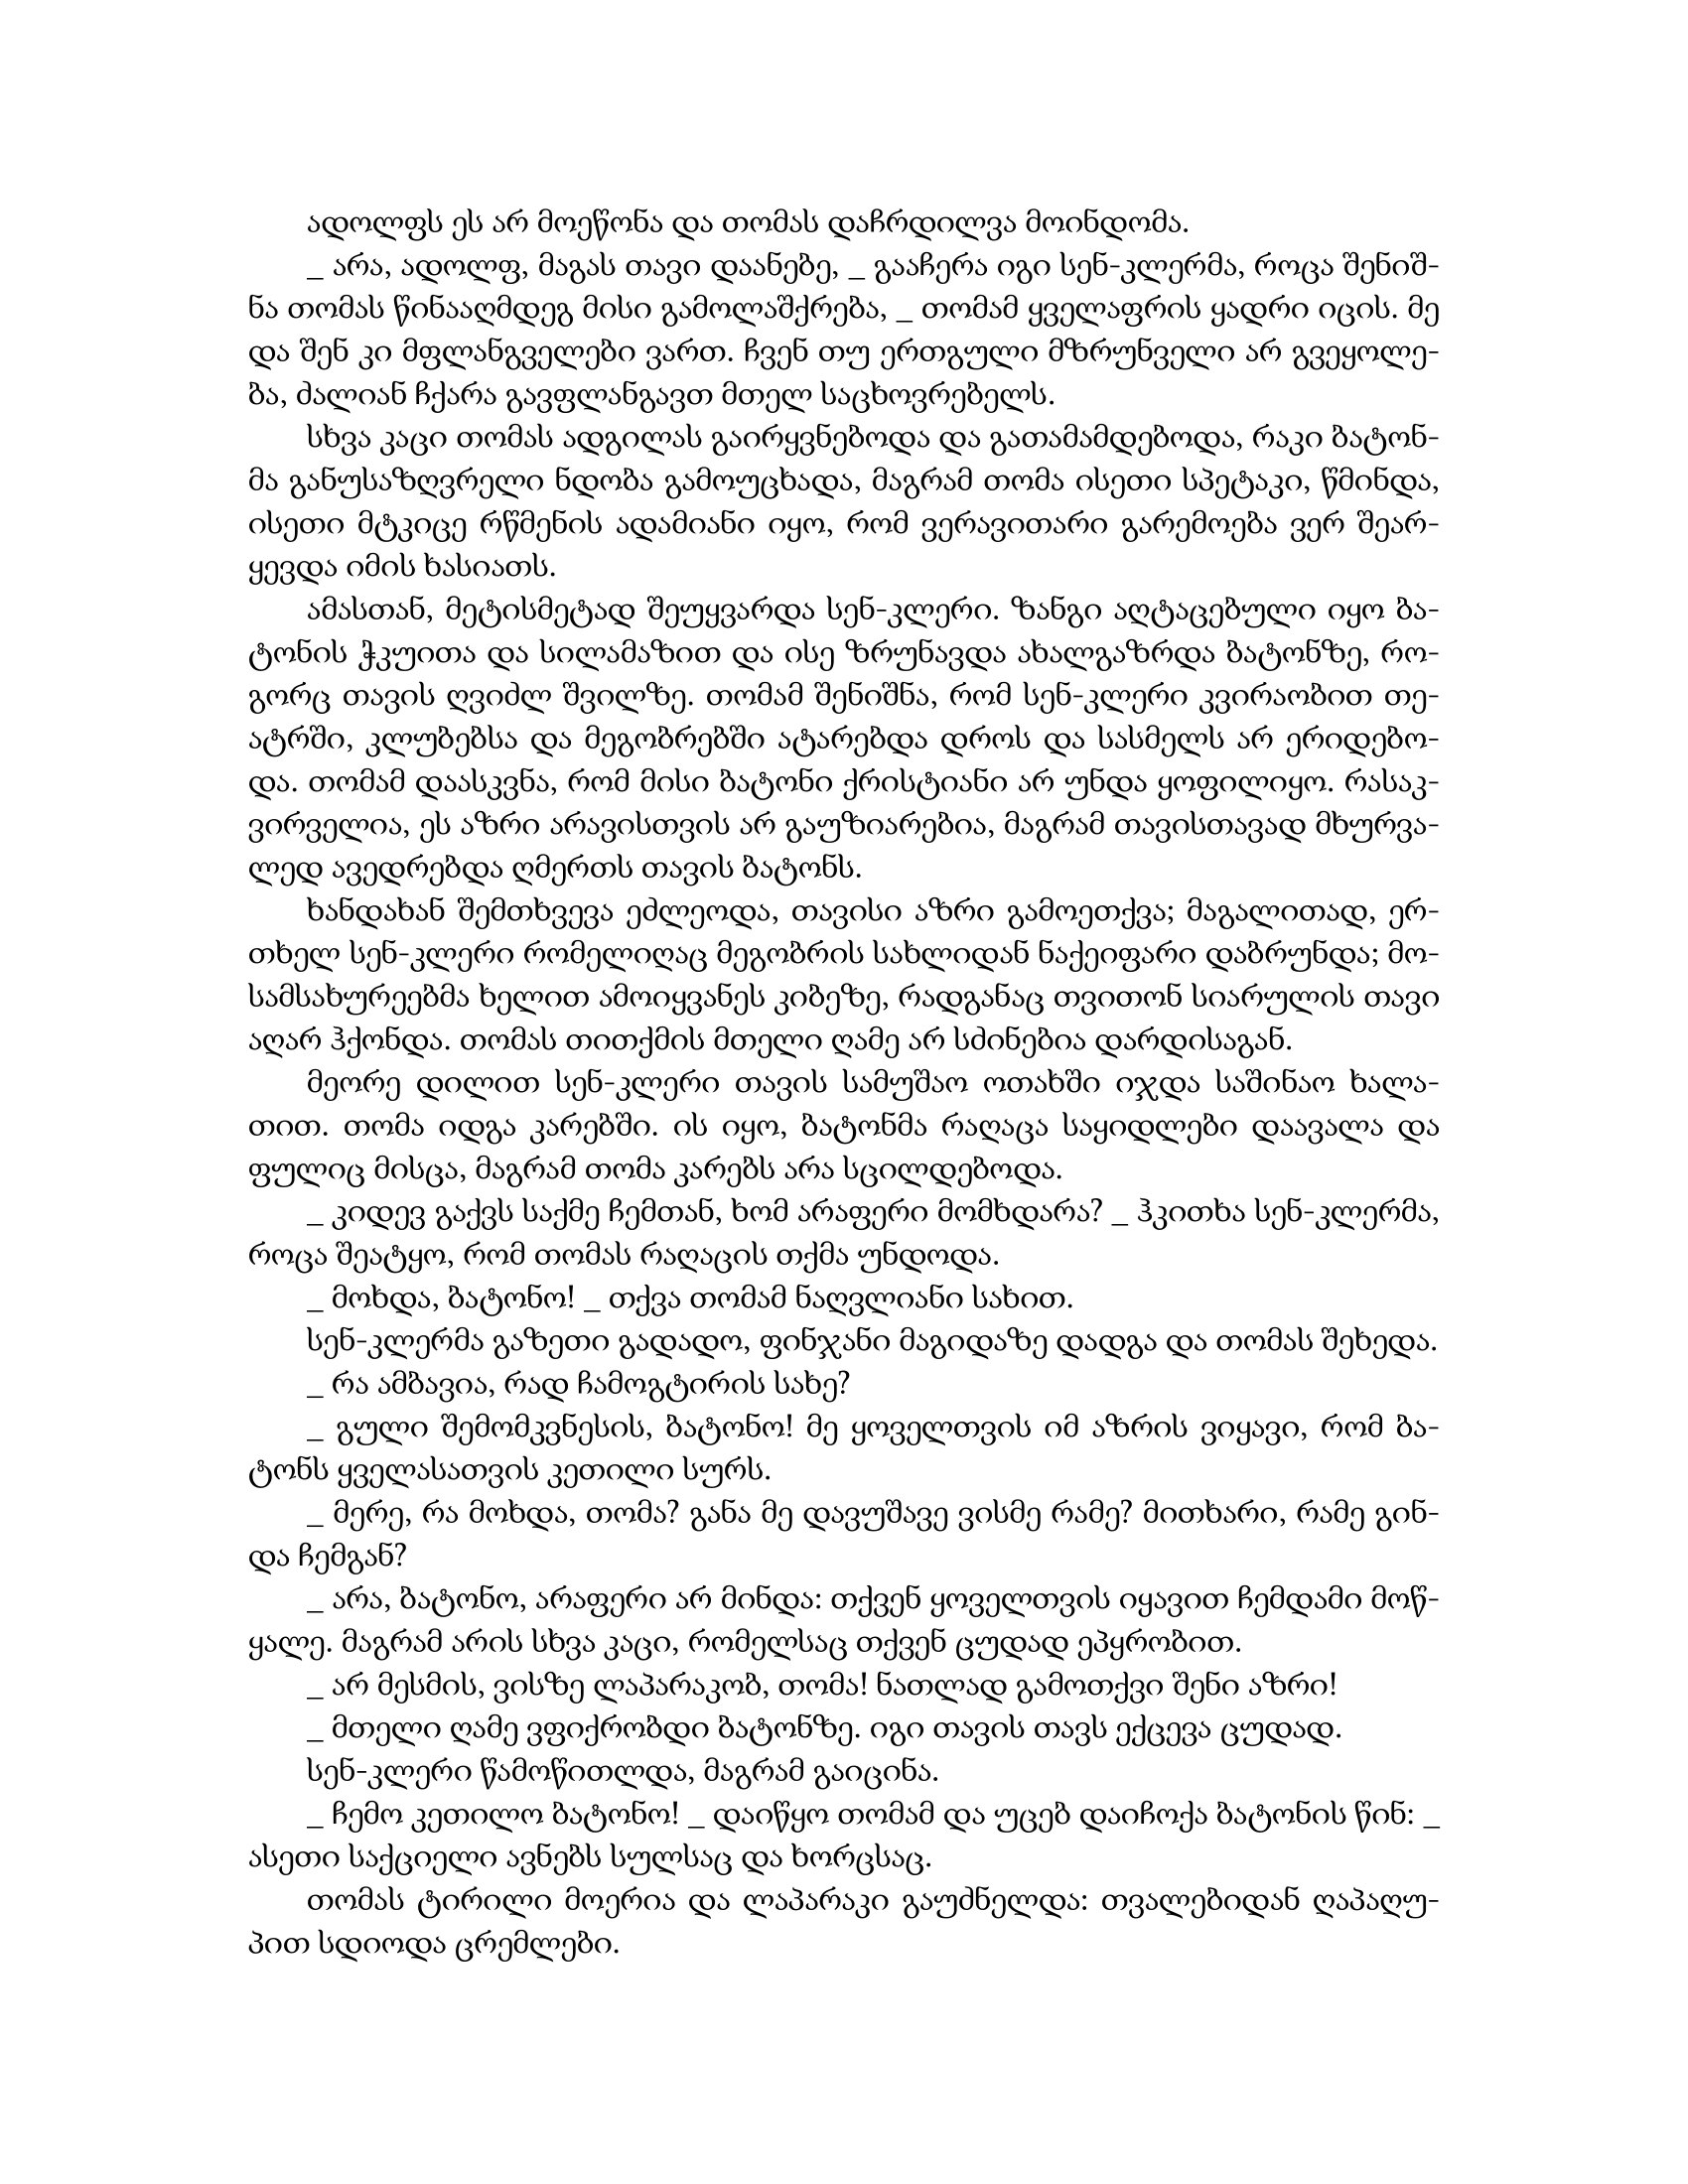
Language: gr